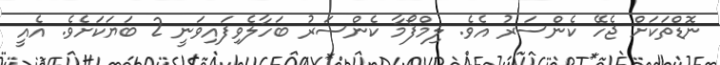
ނޮޑްތަކަށް ޖެހޭ ކެންސަރު އެވެ. ލިމްފޯމާ ކެންސަރު ބަހާލެވިފައިވަނީ 2 ބަޔަކަށެވެ. އެއީ